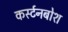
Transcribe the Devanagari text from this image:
कर्स्‍टनबोश